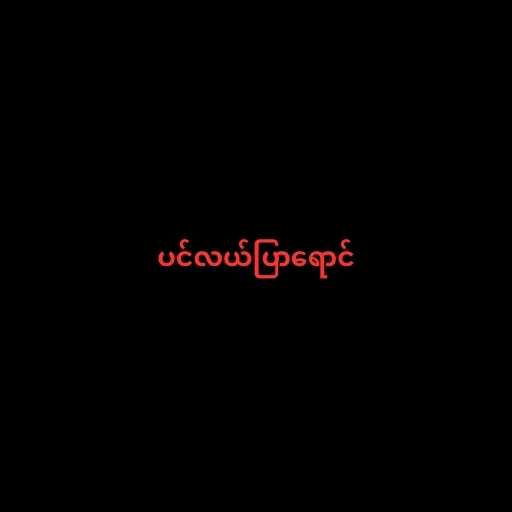
ပင်လယ်ပြာရောင်